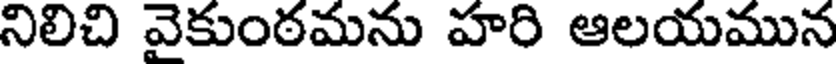
నిలిచి వైకుంఠమను హరి ఆలయమున